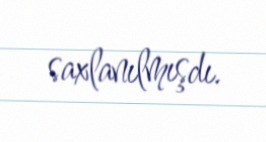
saxlanılmışdı.